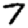
Digit: 7